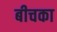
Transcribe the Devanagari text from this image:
बीचका